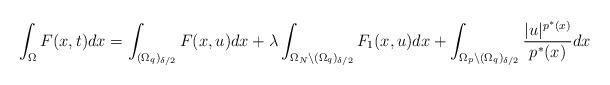
LaTeX: \begin{align*}\int_{\Omega}F(x,t)dx=\int_{(\Omega_{q})_{\delta/2}}F(x,u)dx+\lambda\int_{\Omega_{N}\backslash (\Omega_{q})_{\delta/2}}F_{1}(x,u)dx+\int_{\Omega_{p}\backslash (\Omega_{q})_{\delta/2}}\frac{|u|^{p^{*}(x)}}{p^{*}(x)}dx\end{align*}